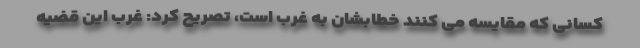
کسانی که مقایسه می کنند خطابشان به غرب است، تصریح کرد: غرب این قضیه